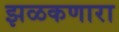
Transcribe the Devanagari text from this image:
झळकणारा